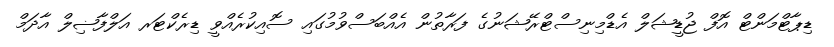
ޑިޕާޓްމަންޓް އޮފް ޖުޑީޝަލް އެޑްމިނިސްޓްރޭޝަނުގެ ފަރާތުން އެއްބަސްވުމުގައި ސޮއިކުރެއްވީ ޑިރެކްޓަރ އަލްފާޟިލް އާދަމް